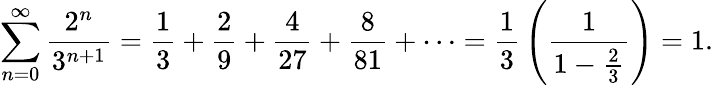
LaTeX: \sum_{n=0}^{\infty}{\frac{2^{n}}{3^{n+1}}}={\frac{1}{3}}+{\frac{2}{9}}+{\frac{4}{27}}+{\frac{8}{81}}+\cdots={\frac{1}{3}}\left({\frac{1}{1-{\frac{2}{3}}}}\right)=1.